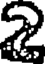
2